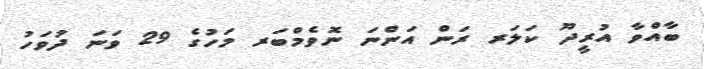
ބާއްވާ އުރީދޫ ކަލަރ ރަން އަންނަ ނޮވެމްބަރ މަހުގެ 29 ވަނަ ދުވަހު